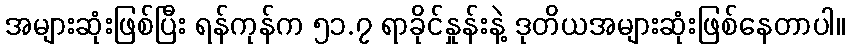
အများဆုံးဖြစ်ပြီး ရန်ကုန်က ၅၁.၇ ရာခိုင်နှုန်းနဲ့ ဒုတိယအများဆုံးဖြစ်နေတာပါ။